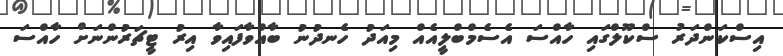
އިސްކަންދަރު ސްކޫލްގައި ހާއްސަ އެސެމްބްލީއެއް މިއަދު ހެނދުނު ބާއްވާފައިވާ އިރު ޓީޗަރުންނަށް ހާއްސަ